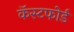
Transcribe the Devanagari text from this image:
कॅस्टफोर्ड